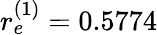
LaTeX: r_{e}^{(1)}=0.5774